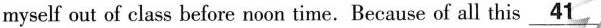
myself out of class before noon time. Because of all this \underline{41}